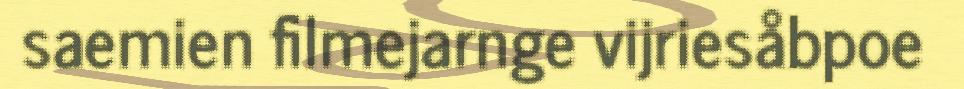
saemien filmejarnge vijriesåbpoe